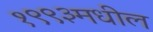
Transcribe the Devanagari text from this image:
१९९३मधील